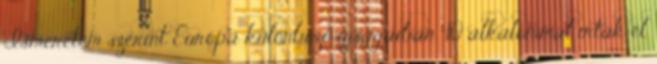
Ismeretem szerint Európa különböző újságaiban 40 alkalommal írták el